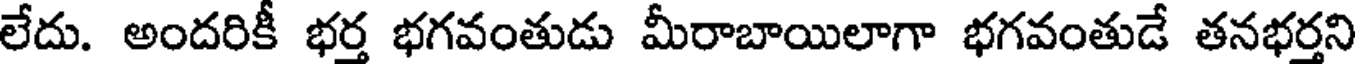
లేదు. అందరికీ భర్త భగవంతుడు మీరాబాయిలాగా భగవంతుడే తనభర్తని